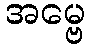
အမ္ဗေ